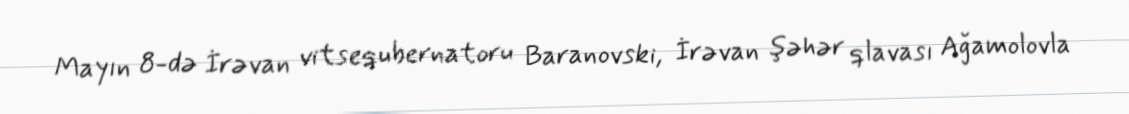
Mayın 8-də İrəvan vitsequbernatoru Baranovski, İrəvan şəhər qlavası Ağamolovla